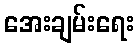
အေးချမ်းရေး